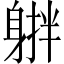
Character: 𨉠